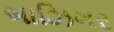
બાઝિગર